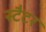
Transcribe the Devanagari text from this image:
स्टैटर